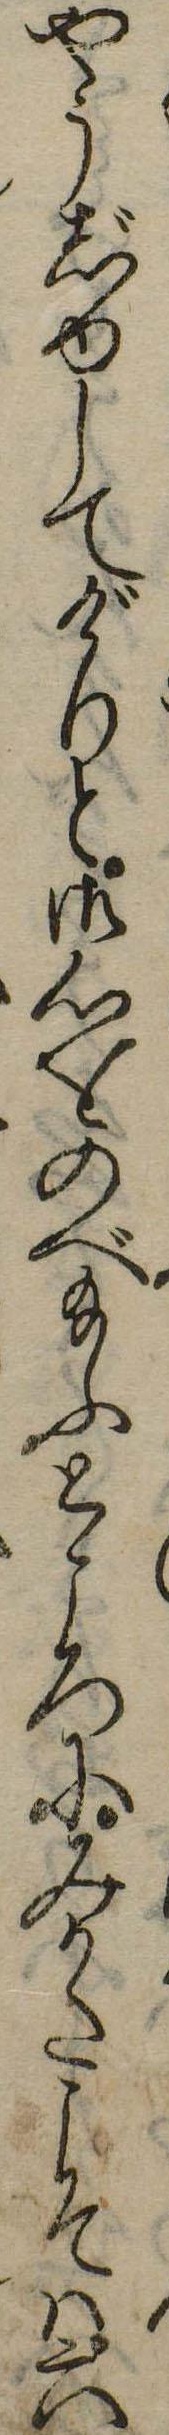
やうじゆしてげりと御心をのべ給ふところにみかたこそは六